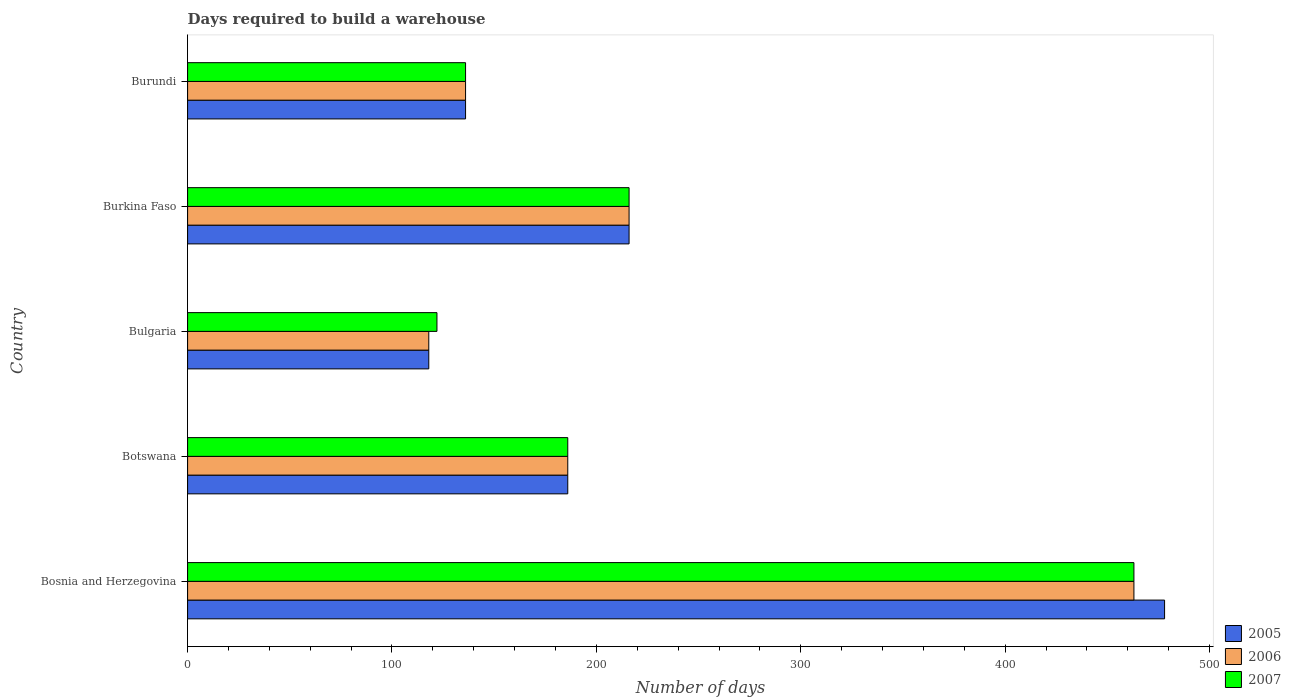
| Country | 2005 | 2006 | 2007 |
 | --- | --- | --- | --- |
 | Bosnia and Herzegovina | 478 | 463 | 463 |
 | Botswana | 186 | 186 | 186 |
 | Bulgaria | 118 | 118 | 122 |
 | Burkina Faso | 216 | 216 | 216 |
 | Burundi | 136 | 136 | 136 |